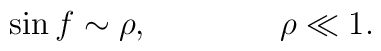
\sin f \sim \rho, \qquad \qquad \rho \ll 1.